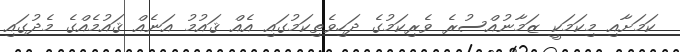
ކަމަށާއި މިކަމަކީ ޒަމާނުއްސުރެ ވެރިކަމުގެ ދަހިވެތިކަމުގައި އެއް ޤައުމު އަނެއް ޤައުމެއްގެ މެދުގައި